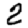
Digit: 2